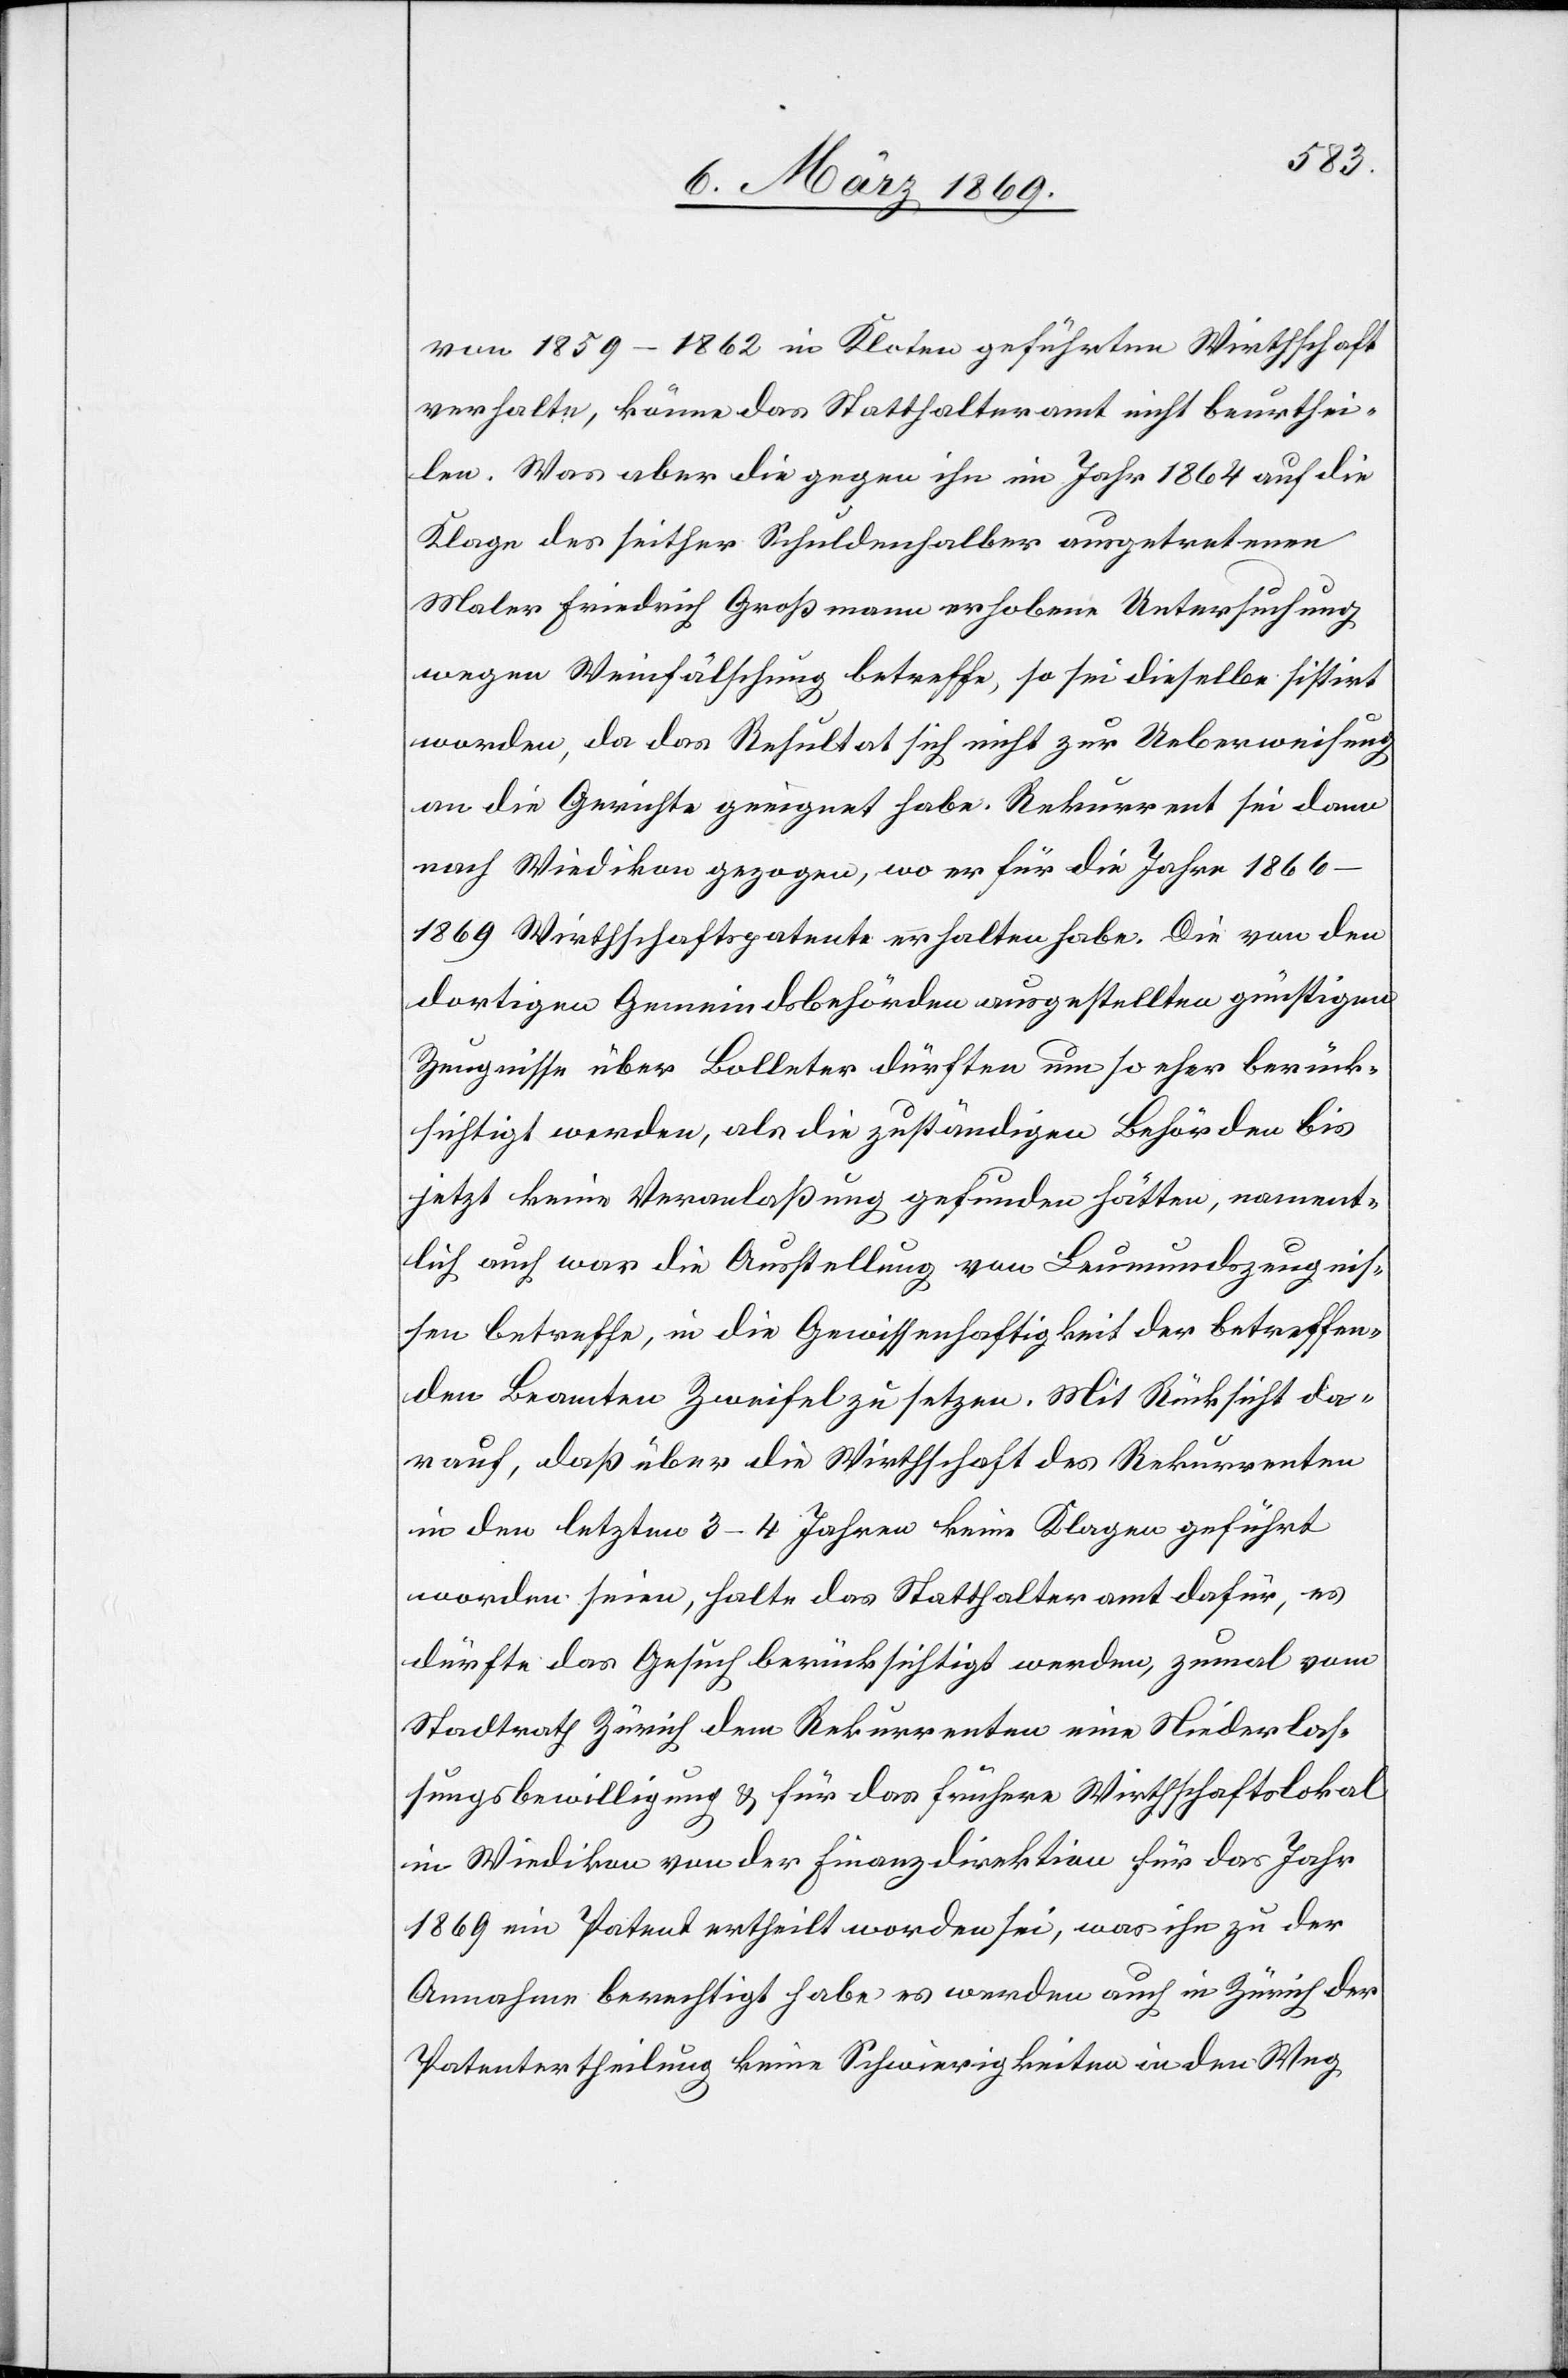
von 1859–1862 in Kloten geführten Wirthschaft
verhalte, könne das Statthalteramt nicht beurthei¬
len. Was aber die gegen ihn im Jahr 1864 auf die
Klage des seither Schuldenhalber ausgetretenen
Maler Friedrich Großmann erhobene Untersuchung
wegen Weinfälschung betreffe, so sei dieselbe sistirt
worden, da das Resultat sich nicht zur Ueberweisung
an die Gerichte geeignet habe. Rekurrent sei dann
nach Wiedikon gezogen, wo er für die Jahre 1866–1869
Wirthschaftspatente erhalten habe. Die von den
dortigen Gemeindsbehörden ausgestellten günstigen
Zeugnisse über Bolleter dürften um so mehr berück¬
sichtigt werden, als die zuständigen Behörden bis
jetzt keine Veranlaßung gefunden hätten, nament¬
lich auch was die Ausstellung von Leumundszeugnis¬
sen betreffe, in die Gewissenhaftigkeit der betreffen¬
den Beamten Zweifel zu setzen. Mit Rücksicht da¬
rauf, daß über die Wirthschaft des Rekurrenten
in den letzten 3–4 Jahren keine Klagen geführt
worden seien, halte das Statthalteramt dafür, es
dürfte das Gesuch berücksichtigt werden, zumal vom
Stadtrath Zürich dem Rekurrenten eine Niederlaß¬
ungsbewilligung & für das frühere Wirthschaftslokal
in Wiedikon von der Finanzdirektion für das Jahr
1869 ein Patent ertheilt worden sei, was ihn zu der
Annahme berechtigt habe es werden auch in Zürich der
Patentertheilung keine Schwierigkeiten in den Weg